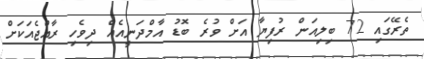
ތެރޭގައި 72 ބިލިއަން ރުފިޔާ އަށް ވުރެ ބޮޑު އާމްދަނީއެއް ދިވެހި ރާއްޖެއަކަށް